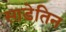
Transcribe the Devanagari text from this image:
साडेतिन